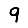
Digit: 9